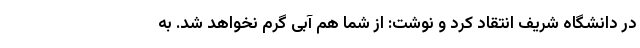
در دانشگاه شریف انتقاد کرد و نوشت: از شما هم آبی گرم نخواهد شد. به